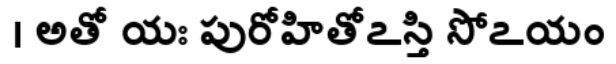
। అతో యః పురోహితోఽస్తి సోఽయం